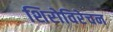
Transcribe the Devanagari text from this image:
शिरोविरेचन